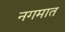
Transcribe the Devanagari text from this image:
नगमात